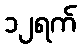
၁၂ရက်